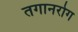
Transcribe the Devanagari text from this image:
तगानरोग